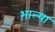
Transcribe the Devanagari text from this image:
भाल्या